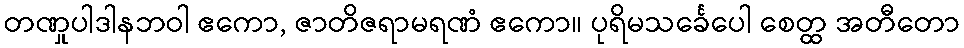
တဏှုပါဒါနဘဝါ ဧကော, ဇာတိဇရာမရဏံ ဧကော။ ပုရိမသင်္ခေပေါ စေတ္ထ အတီတော